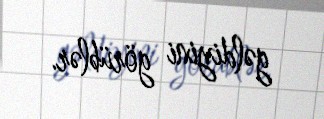
gəldiyini görüblər.